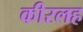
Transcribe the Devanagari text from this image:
कीरलह